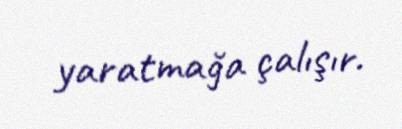
yaratmağa çalışır.